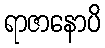
ရာဇာနောပိ